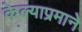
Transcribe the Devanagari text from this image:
केल्याप्रमाने